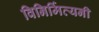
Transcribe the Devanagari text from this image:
विनिर्मित्यनी